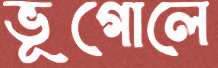
ভূগোলে